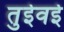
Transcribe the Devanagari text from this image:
तुईवई